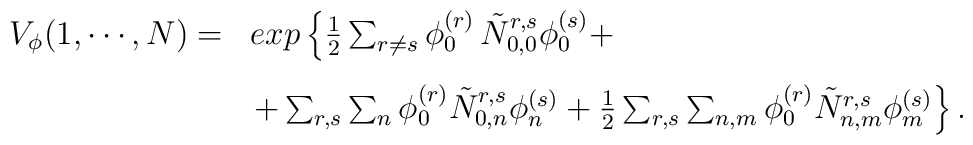
\begin{array}{ll}V_\phi (1, \cdots,  N)  = & exp  \left\{ \frac{1}{2} \sum_{r \neq s} \phi_0^{(r)} \, \tilde{N}_{0,0}^{r,s} \phi_0^{(s)} +  \right. \\[2ex]&  \left. + \sum_{r,s} \sum_n \phi_0^{(r)} \tilde{N}_{0,n}^{r,s} \phi_n^{(s)} +  \frac{1}{2} \sum_{r,s} \sum_{n,m} \phi_0^{(r)}\tilde{N}^{r,s}_{n,m} \phi_m^{(s)} \right\}.\end{array}